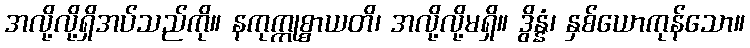
အလို့လို့ရှိအပ်သည်ကို။ နကုက္ကုစ္စာယတိ၊ အလို့လို့မရှိ။ ဒွိန္နံ၊ နှစ်ယောကုန်သော။